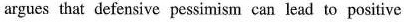
argues that defensive pessimism can lead to positive